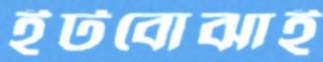
ইটবোঝাই